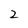
Character: 2